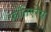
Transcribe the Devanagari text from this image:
फ्रोंतिएरेस